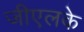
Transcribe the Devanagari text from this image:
जीएलके